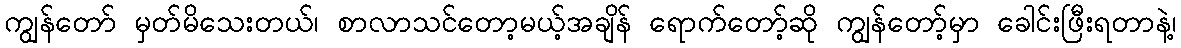
ကျွန်တော် မှတ်မိသေးတယ်၊ စာလာသင်တော့မယ့်အချိန် ရောက်တော့်ဆို ကျွန်တော့်မှာ ခေါင်းဖြီးရတာနဲ့၊